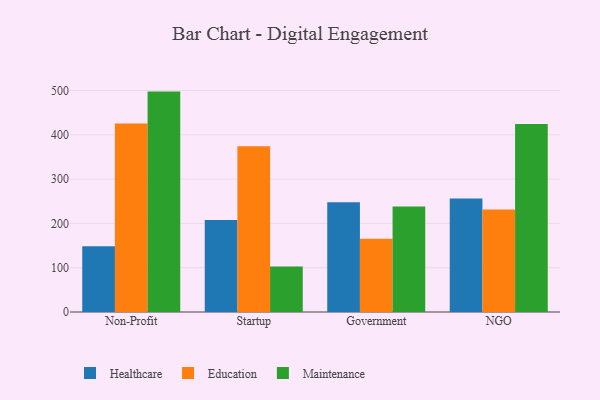
{"axis": {"x": "Segment", "y": "Market Share (%)"}, "legend": ["Education", "Healthcare", "Maintenance"], "data": [{"x": "Non-Profit", "y": 148.5, "type": "Healthcare"}, {"x": "Non-Profit", "y": 425.3, "type": "Education"}, {"x": "Non-Profit", "y": 497.5, "type": "Maintenance"}, {"x": "Startup", "y": 207.5, "type": "Healthcare"}, {"x": "Startup", "y": 374.3, "type": "Education"}, {"x": "Startup", "y": 102.6, "type": "Maintenance"}, {"x": "Government", "y": 247.6, "type": "Healthcare"}, {"x": "Government", "y": 165.3, "type": "Education"}, {"x": "Government", "y": 238.2, "type": "Maintenance"}, {"x": "NGO", "y": 256.4, "type": "Healthcare"}, {"x": "NGO", "y": 231.1, "type": "Education"}, {"x": "NGO", "y": 424.6, "type": "Maintenance"}]}